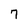
Character: 7